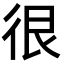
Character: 很